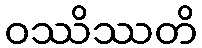
ဝဿိဿတိ